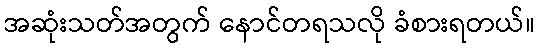
အဆုံးသတ်အတွက် နောင်တရသလို ခံစားရတယ်။